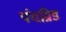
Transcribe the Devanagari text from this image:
पंचग्रिड